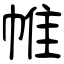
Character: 帷